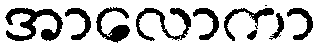
အာလောကာ